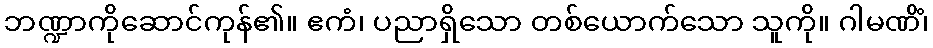
ဘဏ္ဍာကိုဆောင်ကုန်၏။ ဧကံ၊ ပညာရှိသော တစ်ယောက်သော သူကို။ ဂါမဏိံ၊